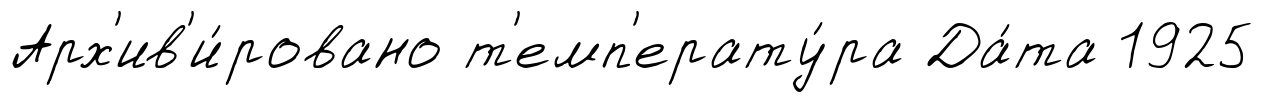
Арх'ив'и́ровано т'емп'ерату́ра Да́та 1925